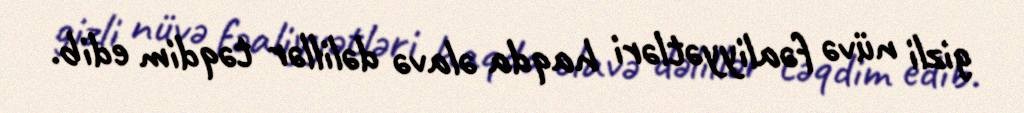
gizli nüvə fəaliyyətləri haqda əlavə dəlillər təqdim edib.